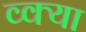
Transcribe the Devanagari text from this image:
व्क्या